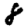
Digit: 8